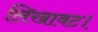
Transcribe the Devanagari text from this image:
लिखावट।